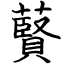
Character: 藖